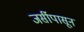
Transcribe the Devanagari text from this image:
जर्सीपासून